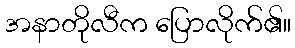
အနာတိုလီက ပြောလိုက်၏။